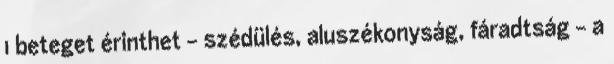
1 beteget érinthet - szédülés, aluszékonyság, fáradtság - a